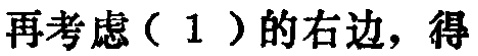
再考虑（1）的右边，得